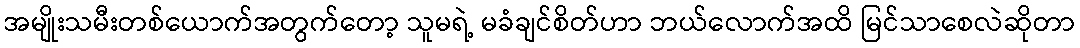
အမျိုးသမီးတစ်ယောက်အတွက်တော့ သူမရဲ့ မခံချင်စိတ်ဟာ ဘယ်လောက်အထိ မြင်သာစေလဲဆိုတာ